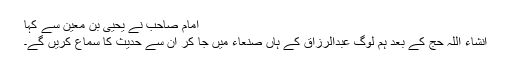
امام صاحب نے یحییٰ بن معین سے کہا
انشاء اللہ حج کے بعد ہم لوگ عبدالرزاق کے ہاں صنعاء میں جا کر ان سے حدیث کا سماع کریں گے۔